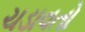
ચડાવતો